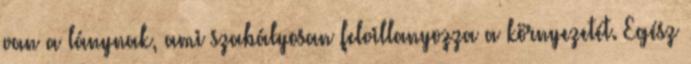
van a lánynak, ami szabályosan felvillanyozza a környezetét. Egész